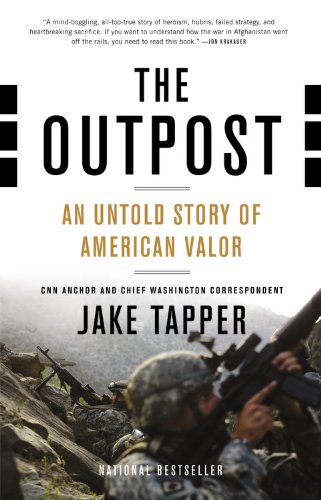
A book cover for The Outpost: An Untold Story of American Valor; Jake Tapper; History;